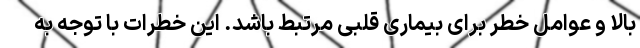
بالا و عوامل خطر برای بیماری قلبی مرتبط باشد. این خطرات با توجه به